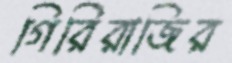
গিরিরাজির